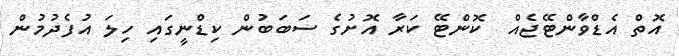
އޮތް އެޑްވާންޓޭޖެއް  ކޮންޓޭ ކަރާ އޮށުގެ ސަބަބުން ކިޑްނީގައި ހިލަ އުފެދުމުން